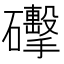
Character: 𥗩